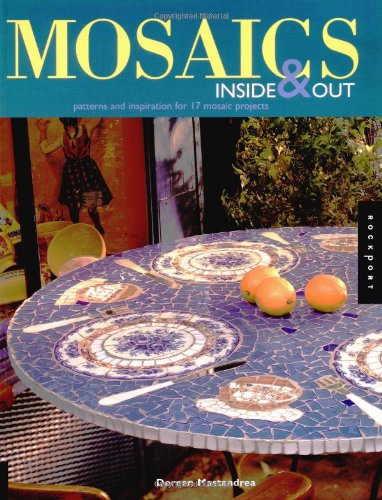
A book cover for Mosaics Inside & Out: Patterns and Inspirations for 17 Mosaic Projects; Doreen Mastandrea; Crafts, Hobbies & Home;